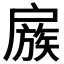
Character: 𢩜